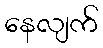
နေလျက်